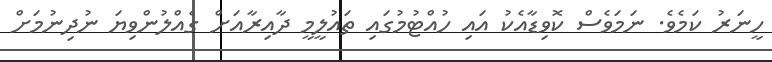
ހީނަރު ކަމެވެ. ނަމަވެސް ކޮވިޑާއެކު އައި ހުއްޓުމުގައި ތައުލީމީ ދާއިރާއަށް ގެއްލުންވިޔަ ނުދިނުމަށް